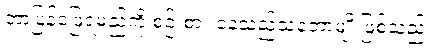
ဘာပြန်ဖြေရမည်ကို စဉ်းစား နေသည့်သဘောမျိုးဖြစ်သည်။